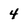
Character: 4